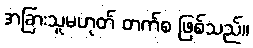
အခြားသူမဟုတ် တက်စ ဖြစ်သည်။